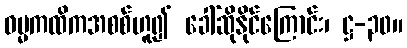
ဓမ္မကထိကအစစ်ဟူ၍ ခေါ်ဆိုနိုင်ကြောင်း၊ ဋ္ဌ-၃၀။